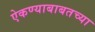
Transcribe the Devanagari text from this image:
ऐकण्याबाबतच्या